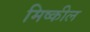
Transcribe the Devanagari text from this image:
मिष्कील